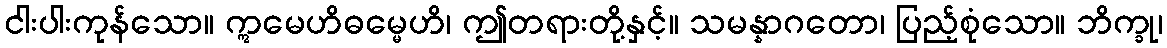
ငါးပါးကုန်သော။ ဣမေဟိဓမ္မေဟိ၊ ဤတရားတို့နှင့်။ သမန္နာဂတော၊ ပြည့်စုံသော။ ဘိက္ခု၊